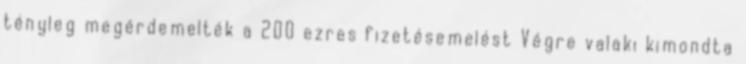
tényleg megérdemelték a 200 ezres fizetésemelést Végre valaki kimondta